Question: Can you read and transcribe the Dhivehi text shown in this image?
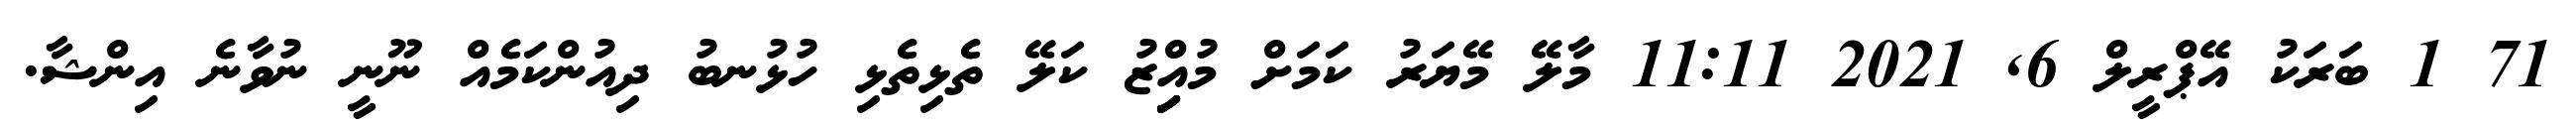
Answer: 71 1 ބަރަކު އޭޕްރީލް 6, 2021 11:11 މާލޭ މޭޔަރު ކަމަށް މުއިިިިިްޒު ކަލޭ ތެޅިތެޅި ހުޅުނބު ދިއުންކަމެއް ނޫނީ ނުވާނެ އިންޝާ.